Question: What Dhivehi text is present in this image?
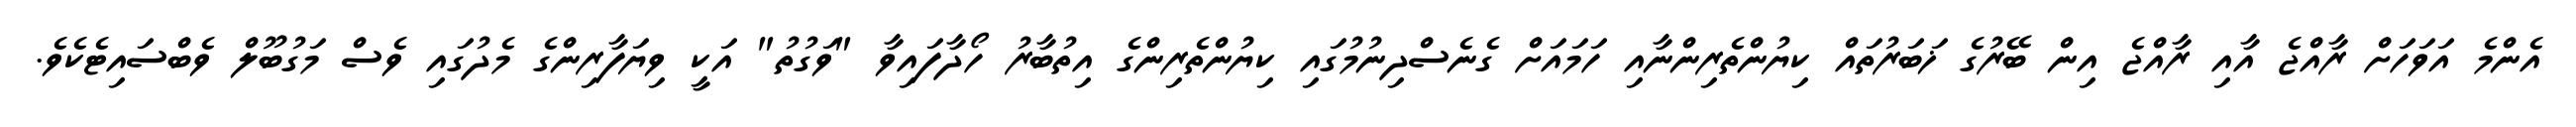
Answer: އެންމެ އަވަހަށް ރާއްޖެ އާއި ރާއްޖެ އިން ބޭރުގެ ޚަބަރުތައް ކިޔުންތެރިންނާއި ހަމައަށް ގެނެސްދިނުމުގައި ކިޔުންތެރިންގެ އިތުބާރު ހޯދާފައިވާ "ވަގުތު" އަކީ ވިޔަފާރިންގެ މެދުގައި ވެސް މަގުބޫލް ވެބްސައިޓެކެވެ.